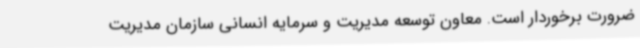
ضرورت برخوردار است. معاون توسعه مدیریت و سرمایه انسانی سازمان مدیریت